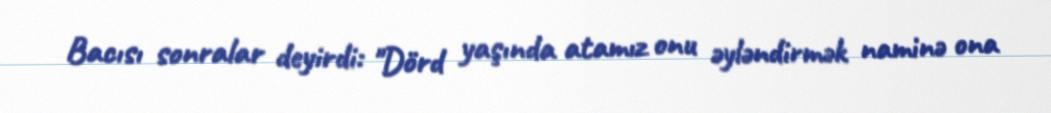
Bacısı sonralar deyirdi: "Dörd yaşında atamız onu əyləndirmək naminə ona